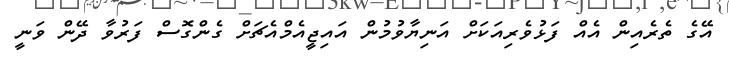
އޭގެ ތެރެއިން އެއް ފަޅުވެރިއަކަށް އަނިޔާވުމުން އައިޖީއެމްއެޗަށް ގެންގޮސް ފަރުވާ ދޭން ވަނީ